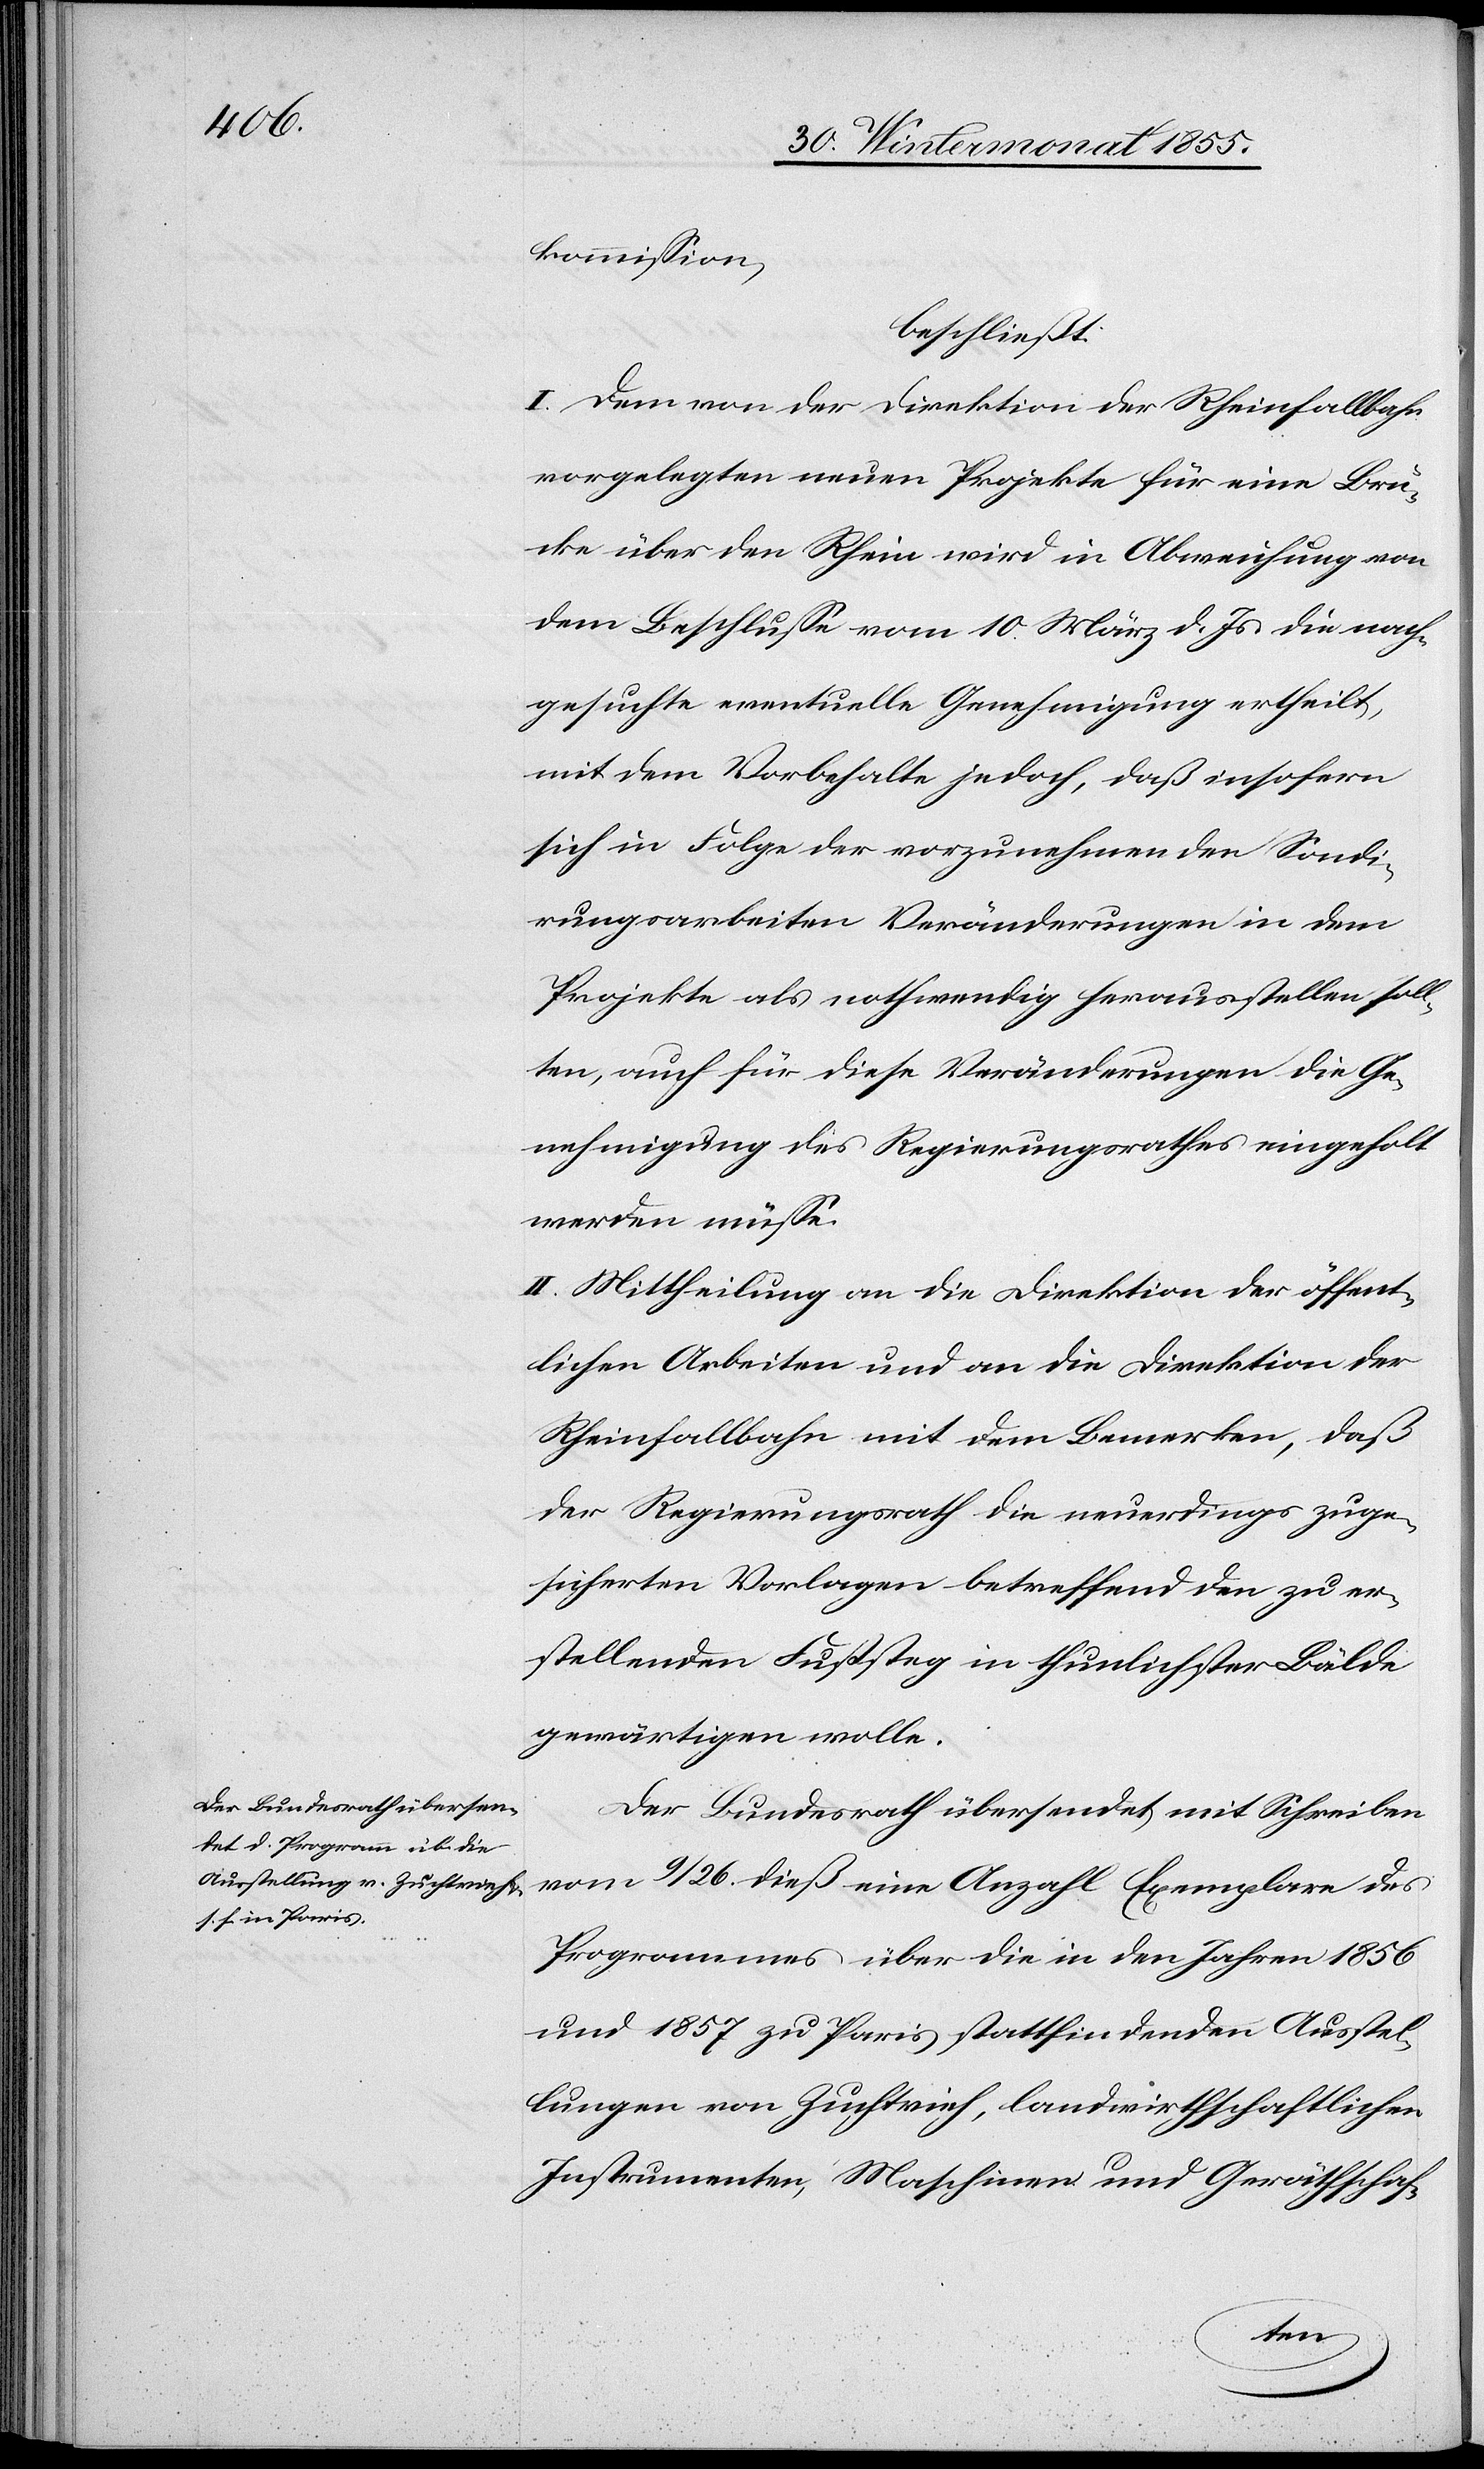
kommission,
beschließt:
I. Dem von der Direktion der Rheinfallbahn
vorgelegten neuen Projekte für eine Brü¬
cke über den Rhein wird in Abweichung von
dem Beschlusse vom 10. März d. Js. die nach¬
gesuchte eventuelle Genehmigung ertheilt,
mit dem Vorbehalte jedoch, daß insofern
sich in Folge der vorzunehmenden Sondi¬
rungsarbeiten Veränderungen in dem
Projekte als nothwendig herausstellen soll¬
ten, auch für diese Veränderungen die Ge¬
nehmigung des Regierungsrathes eingeholt
werden müsse.
II. Mittheilung an die Direktion der öffent¬
lichen Arbeiten und an die Direktion der
Rheinfallbahn mit dem Bemerken, daß
der Regierungsrath die neuerdings zuge¬
sicherten Vorlagen betreffend den zu er¬
stellenden Fußsteg in thunlichster Bälde
gewärtigen wolle.
Der Bundesrath übersendet mit Schreiben
vom 9 / 26. dieß eine Anzahl Exemplare des
Programmes über die in den Jahren 1856
und 1857 zu Paris stattfindenden Ausstel¬
lungen von Zuchtvieh, landwirthschaftlichen
Instrumenten, Maschinen und Geräthschaf-